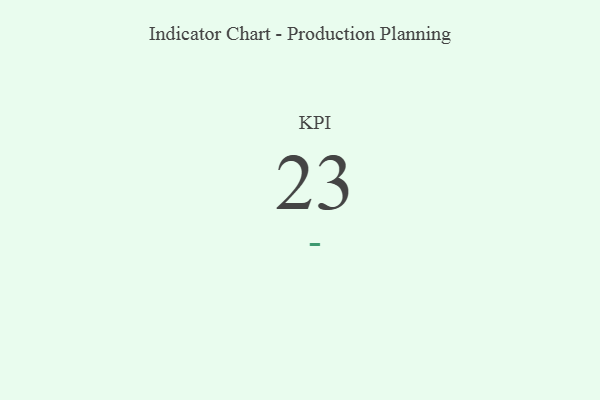
{"axis": {"x": "KPI", "y": "Value"}, "legend": [""], "data": [{"x": "KPI", "y": 23, "type": ""}]}